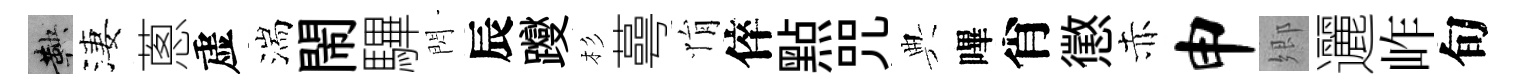
鞅淒蔥虚湍閙驆閃辰躞杉蕚悁倅㸃咒典嗶肖懲赤申郷邐岞旬